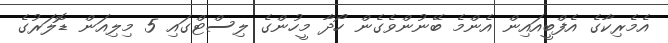
އެމެރިކާގެ އެފްބީއައިން އެންމެ ބޭނުންވެގެން ހޯދާ މީހުންގެ ލިސްޓްގައި 5 މިލިއަން ޑޮލަރުގެ